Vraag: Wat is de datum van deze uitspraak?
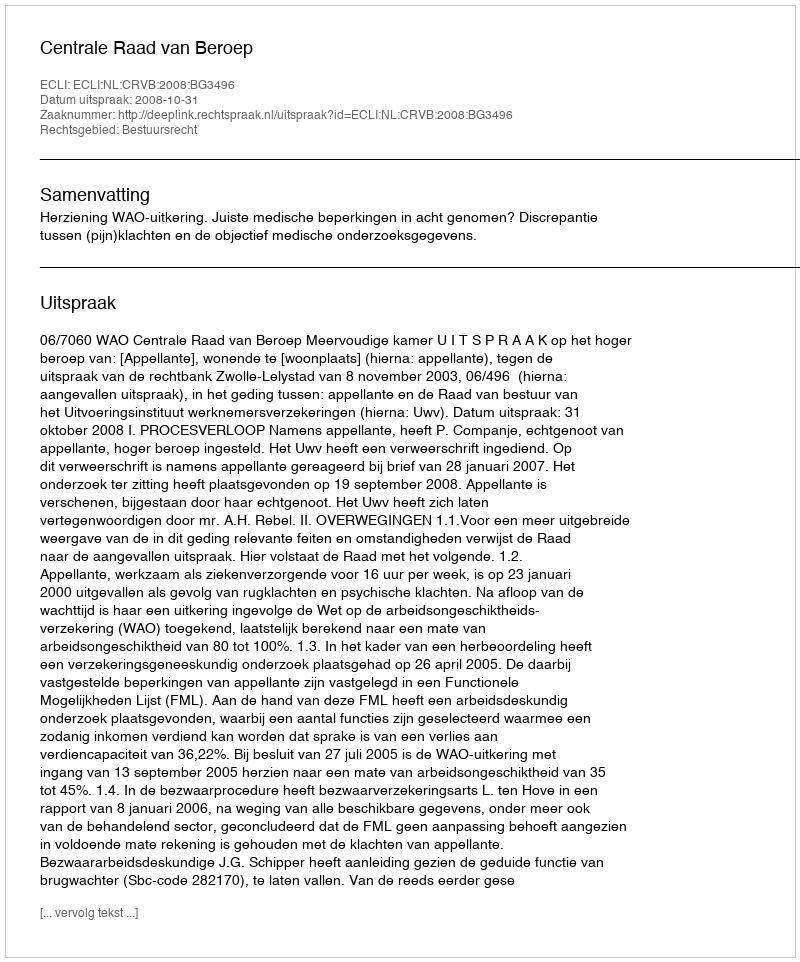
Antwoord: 2008-10-31